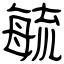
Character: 毓